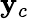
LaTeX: \mathbf{y}_{c}